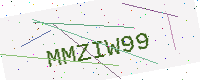
Text: MMZIW99